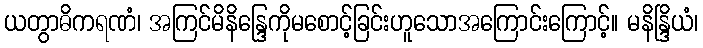
ယတွာဓိကရဏံ၊ အကြင်မိနိန္ဒြေကိုမစောင့်ခြင်းဟူသောအကြောင်းကြောင့်။ မနိန္ဒြိယံ၊